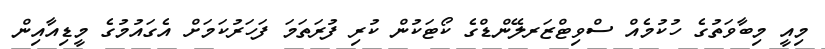
މިއީ މިބާވަތުގެ ހުކުމެއް ސްވިޓްޒަރލޭންޑްގެ ކޯޓަކުން ކުރި ފުރަތަމަ ފަހަރުކަމަށް އެގައުމުގެ މީޑިއާއިން